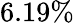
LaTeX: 6.19\%